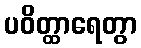
ပဝိတ္ထာရေတွာ